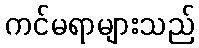
ကင်မရာများသည်